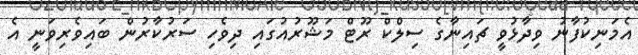
އެމަނިކުފާނު ވިދާޅުވީ ޗައިނާގެ ސިލްކް ރޫޓް މަޝޫރުއުގައި ދިވެހި ސަރުކާރުން ބައިވެރިވަނީ އެ